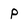
Character: P